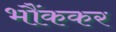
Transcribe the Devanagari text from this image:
भौंककर